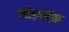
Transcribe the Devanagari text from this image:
मोगॉन